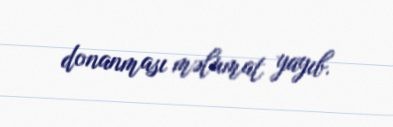
donanması məlumat yayıb.